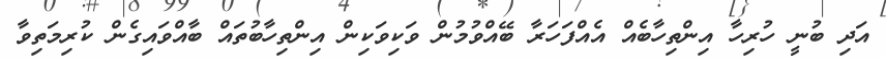
އަދި ބުނީ ހުރިހާ އިންތިހާބެއް އެއްފަހަރާ ބޭއްވުމުން ވަކިވަކިން އިންތިހާބުތައް ބާއްވައިގެން ކުރިމަތިވާ